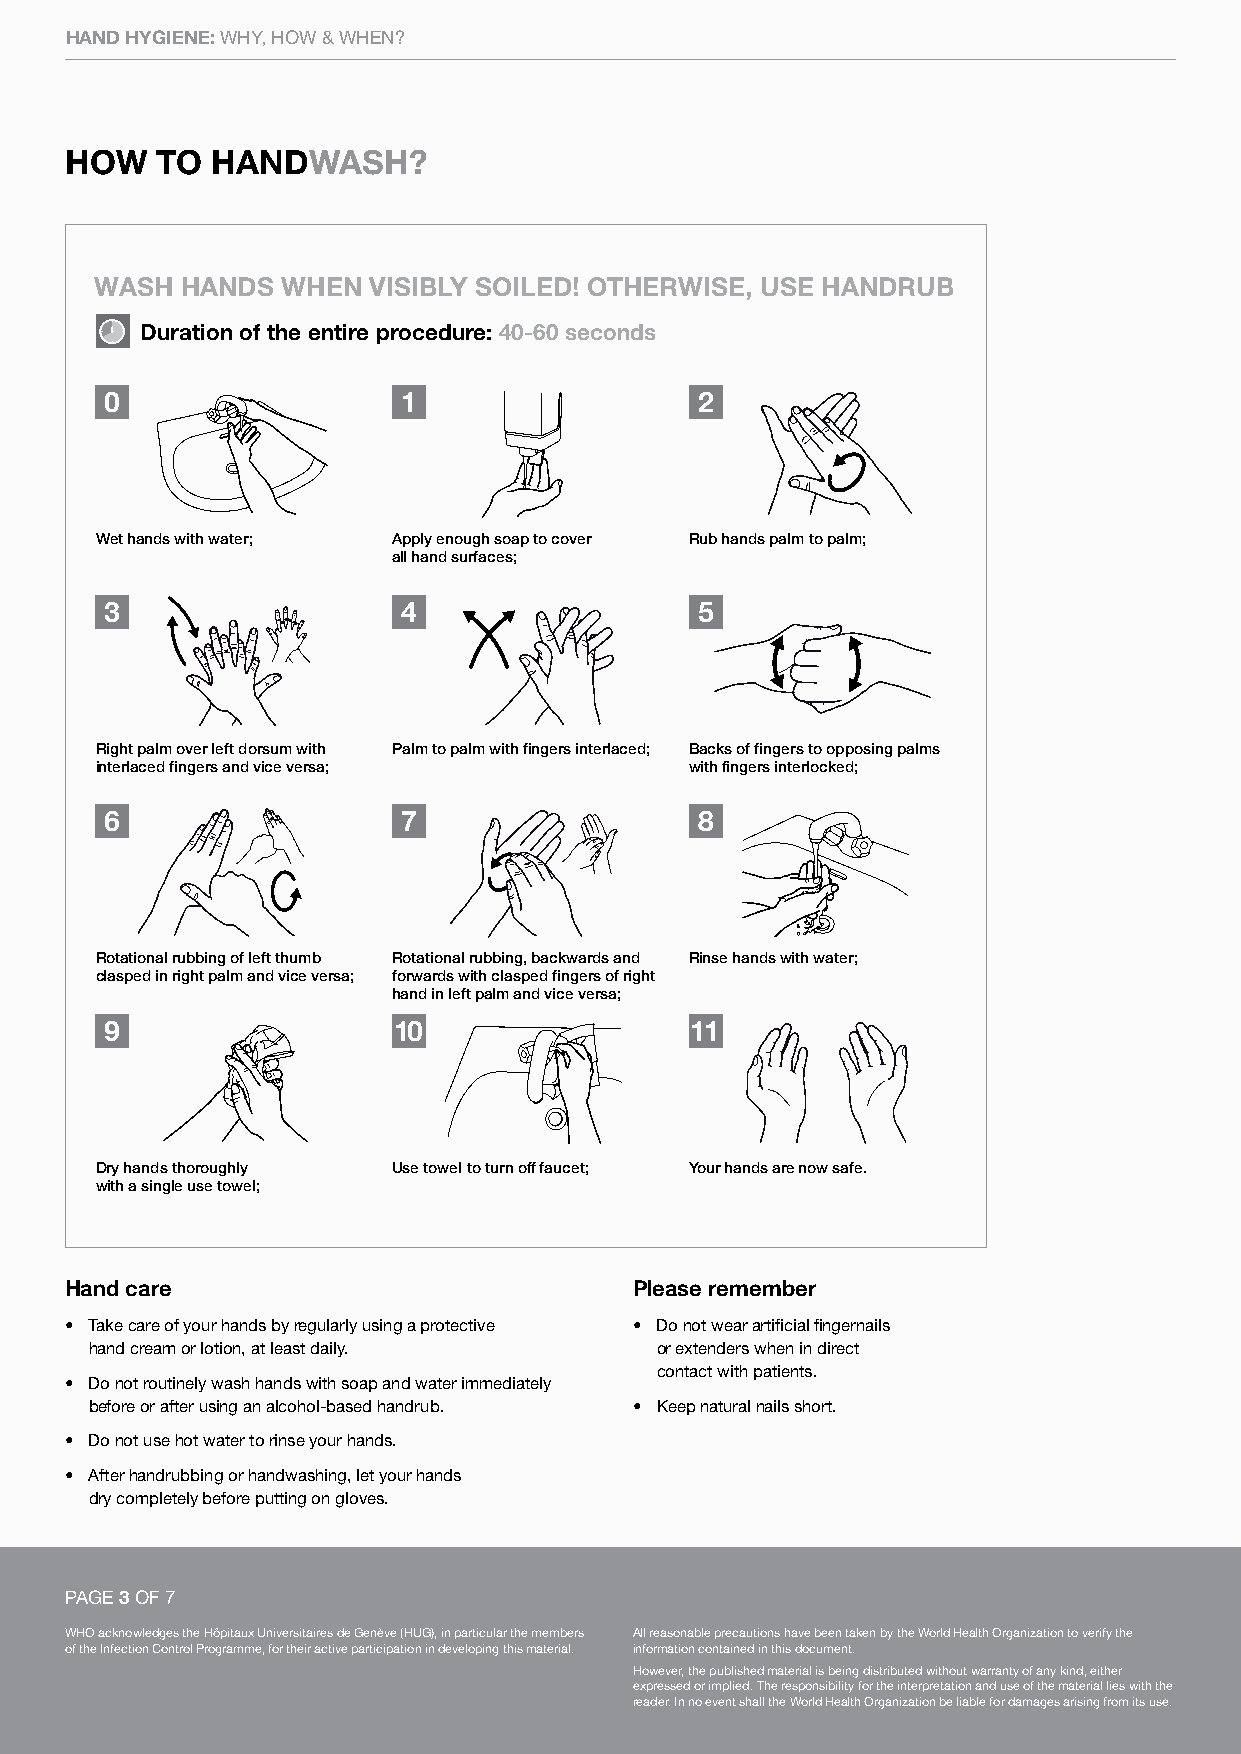
HAND HYGIENE: WHY, HOW & WHEN?
 HOW   TO  HANDWASH?
 WASH  HANDS  WHEN VISIBLY SOILED! OTHERWISE, USE HANDRUB
 Duration of the entire procedure: 40-60 seconds
 0                   1                  2
 Wet hands with water; Apply enough soap to cover Rub hands palm to palm;
 all hand surfaces;
 3                   4                  5
 Right palm over left dorsum with Palm to palm with fingers interlaced; Backs of fingers to opposing palms
 interlaced fingers and vice versa;      with fingers interlocked;
 6                   7                  8
 Rotational rubbing of left thumb Rotational rubbing, backwards and Rinse hands with water;
 clasped in right palm and vice versa; forwards with clasped fingers of right
 hand in left palm and vice versa;
 9                  10                  11
 Dry hands thoroughly Use towel to turn off faucet; Your hands are now safe.
 with a single use towel;
 Hand care                             Please remember
 • Take care of your hands by regularly using a protective • Do not wear artificial fingernails
 hand cream or lotion, at least daily. or extenders when in direct
 contact with patients.
 • Do not routinely wash hands with soap and water immediately
 before or after using an alcohol-based handrub. • Keep natural nails short.
 • Do not use hot water to rinse your hands.
 • After handrubbing or handwashing, let your hands
 dry completely before putting on gloves.
 PAGE 3 OF 7
 WHO acknowledges the Hôpitaux Universitaires de Genève (HUG), in particular the members All reasonable precautions have been taken by the World Health Organization to verify the
 of the Infection Control Programme, for their active participation in developing this material. information contained in this document.
 However, the published material is being distributed without warranty of any kind, either
 expressed or implied. The responsibility for the interpretation and use of the material lies with the
 reader. In no event shall the World Health Organization be liable for damages arising from its use.